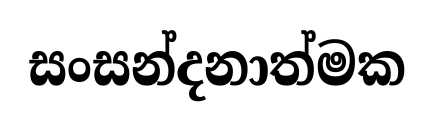
සංසන්දනාත්මක